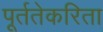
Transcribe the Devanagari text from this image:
पूर्ततेकरिता